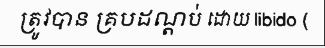
ត្រូវបាន គ្របដណ្តប់ ដោយ libido (